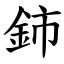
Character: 鈰